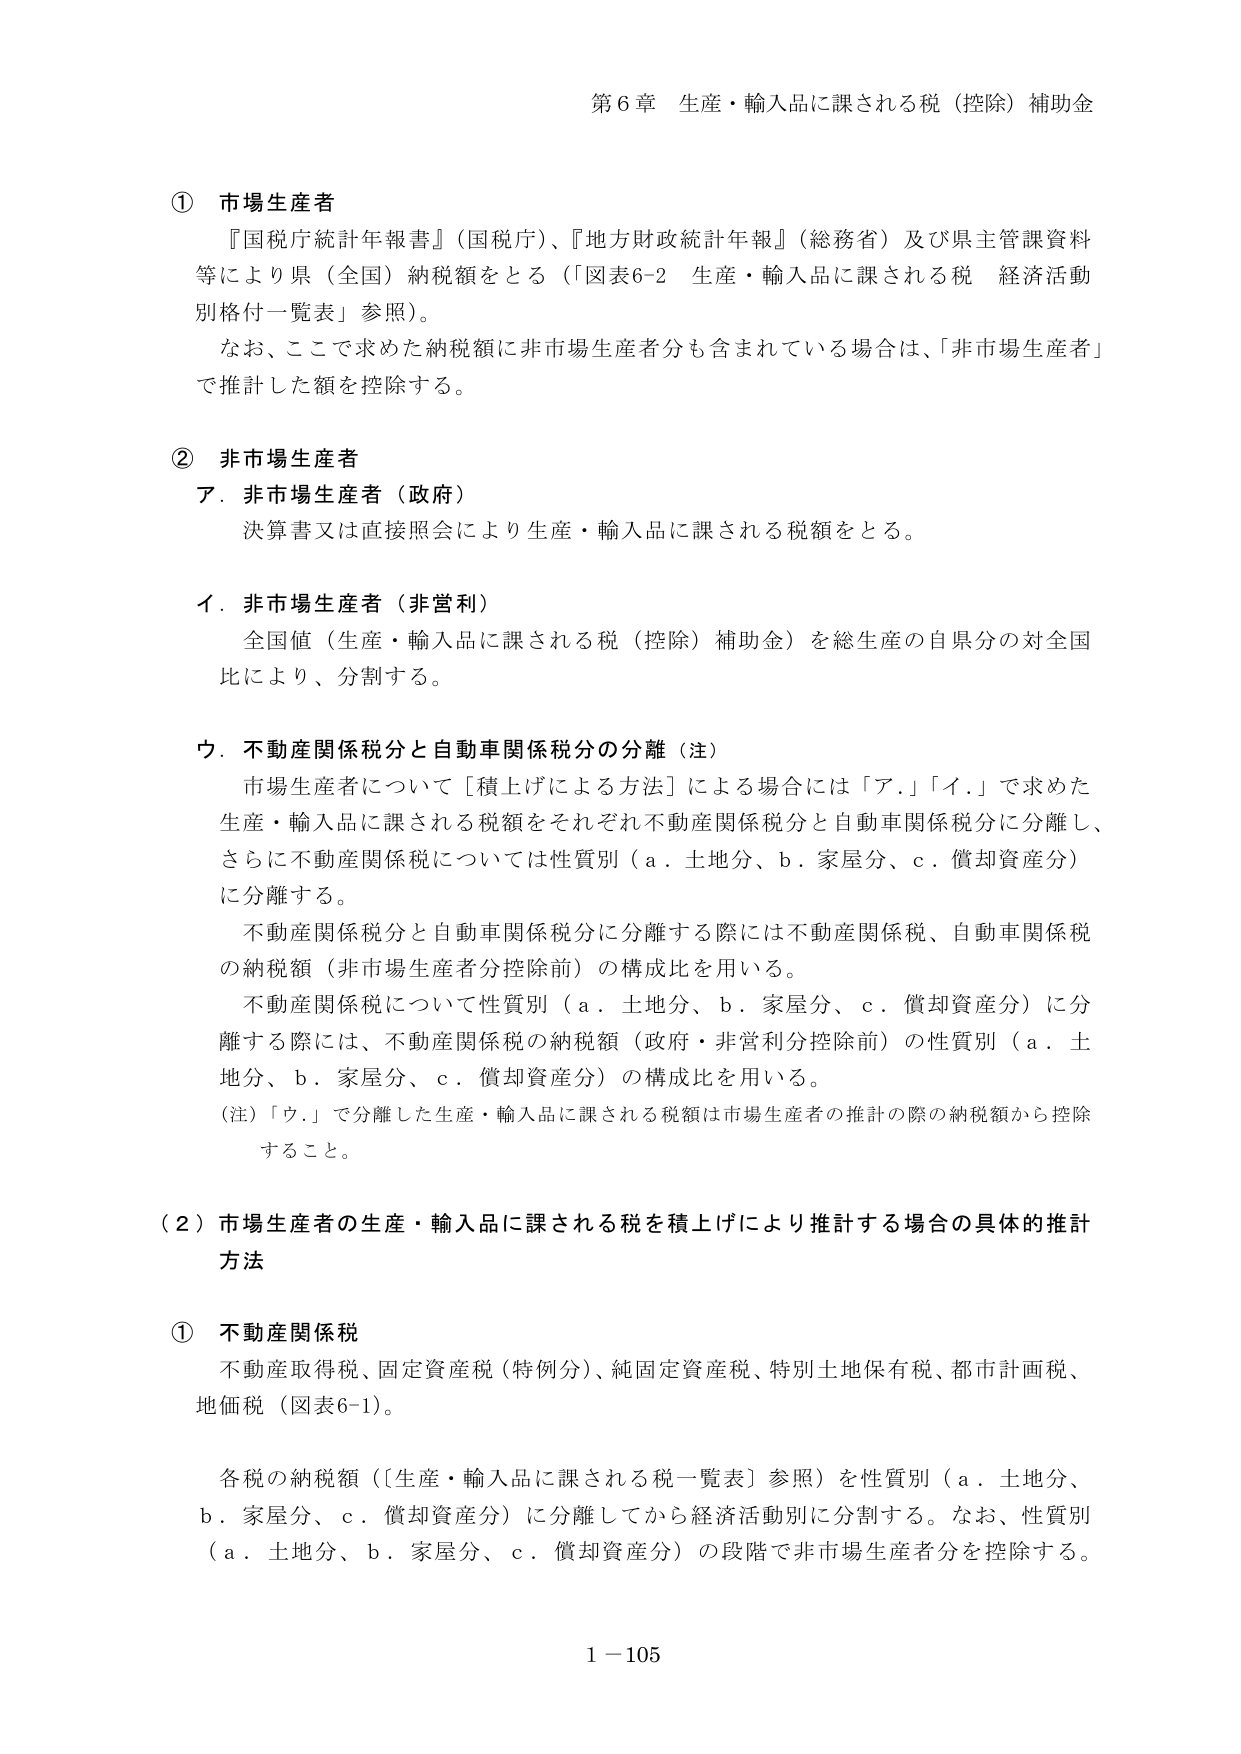
第６章 生産・輸入品に課される税（控除）補助金

① 市場生産者
『国税庁統計年報書』（国税庁）、『地方財政統計年報』（総務省）及び県主管課資料等により県（全国）納税額をとる（「図表6-2 生産・輸入品に課される税 経済活動別格付一覧表」参照）。
なお、ここで求めた納税額に非市場生産者分も含まれている場合は、「非市場生産者」で推計した額を控除する。

② 非市場生産者
ア．非市場生産者（政府）
決算書又は直接照会により生産・輸入品に課される税額をとる。

イ．非市場生産者（非営利）
全国値（生産・輸入品に課される税（控除）補助金）を総生産の自県分の対全国比により、分割する。

ウ．不動産関係税分と自動車関係税分の分離（注）
市場生産者について［積上げによる方法］による場合には「ア．」「イ．」で求めた生産・輸入品に課される税額をそれぞれ不動産関係税分と自動車関係税分に分離し、さらに不動産関係税については性質別（ａ．土地分、ｂ．家屋分、ｃ．償却資産分）に分離する。
不動産関係税分と自動車関係税分に分離する際には不動産関係税、自動車関係税の納税額（非市場生産者分控除前）の構成比を用いる。
不動産関係税について性質別（ａ．土地分、ｂ．家屋分、ｃ．償却資産分）に分離する際には、不動産関係税の納税額（政府・非営利分控除前）の性質別（ａ．土地分、ｂ．家屋分、ｃ．償却資産分）の構成比を用いる。
（注）「ウ．」で分離した生産・輸入品に課される税額は市場生産者の推計の際の納税額から控除すること。

（２）市場生産者の生産・輸入品に課される税を積上げにより推計する場合の具体的推計方法

① 不動産関係税
不動産取得税、固定資産税（特例分）、純固定資産税、特別土地保有税、都市計画税、地価税（図表6-1）。
各税の納税額（［生産・輸入品に課される税一覧表］参照）を性質別（ａ．土地分、ｂ．家屋分、ｃ．償却資産分）に分離してから経済活動別に分割する。なお、性質別（ａ．土地分、ｂ．家屋分、ｃ．償却資産分）の段階で非市場生産者分を控除する。

1－105